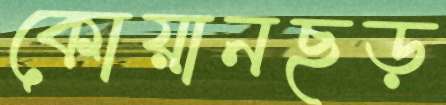
কোয়ানছড়